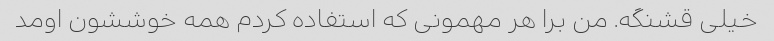
خیلی قشنگه. من برا هر مهمونی که استفاده کردم همه خوششون اومد